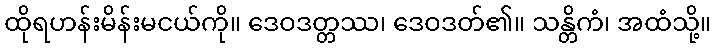
ထိုရဟန်းမိန်းမငယ်ကို။ ဒေဝဒတ္တဿ၊ ဒေဝဒတ်၏။ သန္တိကံ၊ အထံသို့။